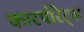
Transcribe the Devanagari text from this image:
कारपोरेट्स